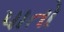
પાતો